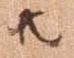
共